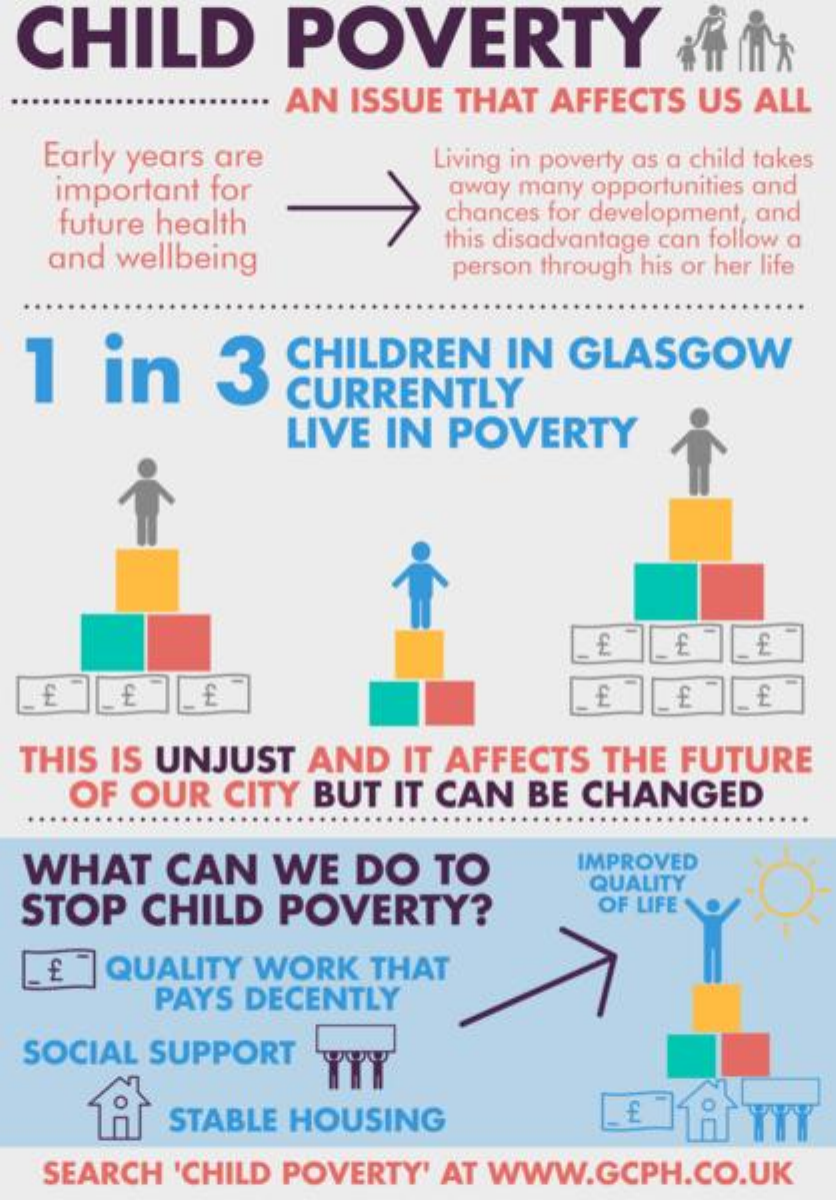
CHILD    POVERTY
     AN ISSUE THAT AFFECTS US ALL
  Early years are
   important for
     Living in poverty as a child takes
     away many opportunities and
   future health    chances for development, and
   and wellbeing
     this disadvantage can follow a
     person through his or her life
  1  in    3   CHILDREN  IN GLASGOW
     CURRENTLY
     LIVE IN POVERTY
     CHI
     £
  THIS IS UNJUST AND IT AFFECTS THE FUTURE
    OF OUR CITY BUT IT CAN BE CHANGED
  WHAT  CAN   WE  DO  TO    IMPROVED
  STOP CHILD  POVERTY?
     QUALITY
     OF LIFE
     QUALITY WORK THAT CH
     PAYS DECENTLY
  SOCIAL SUPPORT
     STABLE HOUSING    18  TTY
  SEARCH 'CHILD POVERTY' AT WWW.GCPH.CO.UK